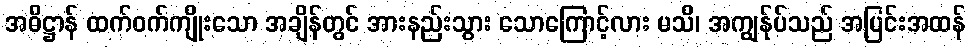
အဓိဋ္ဌာန် ထက်ဝက်ကျိုးသော အချိန်တွင် အားနည်းသွား သောကြောင့်လား မသိ၊ အကျွန်ုပ်သည် အပြင်းအထန်